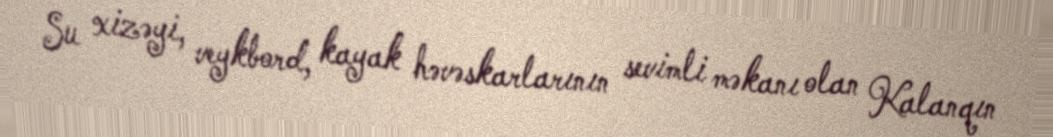
Su xizəyi, veykbord, kayak həvəskarlarının sevimli məkanı olan Kalanqın